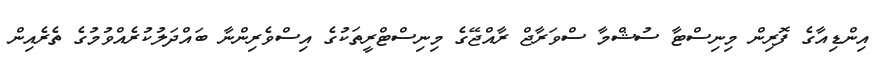
އިންޑިއާގެ ފޮރިން މިނިސްޓާ ސުޝްމާ ސްވަރާޖް ރާއްޖޭގެ މިނިސްޓްރީތަކުގެ އިސްވެރިންނާ ބައްދަލުކުރެއްވުމުގެ ތެރެއިން